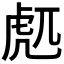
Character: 𰲜